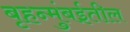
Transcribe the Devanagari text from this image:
बृहन्मुंबईतील